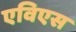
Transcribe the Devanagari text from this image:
एविएस